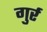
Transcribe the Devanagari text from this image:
गुर्र